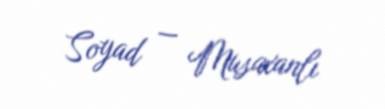
Soyad — Musaxanlı